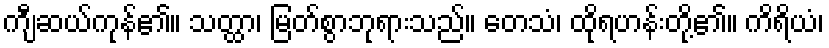
ကျီဆယ်ကုန်၏။ သတ္ထာ၊ မြတ်စွာဘုရားသည်။ တေသံ၊ ထိုရဟန်းတို့၏။ ကိရိယံ၊